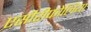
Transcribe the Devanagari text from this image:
एसीरीफोलिया